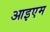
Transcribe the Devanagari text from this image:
आइएम